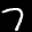
Label: 7